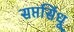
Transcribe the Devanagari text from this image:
सप्तसिंधू